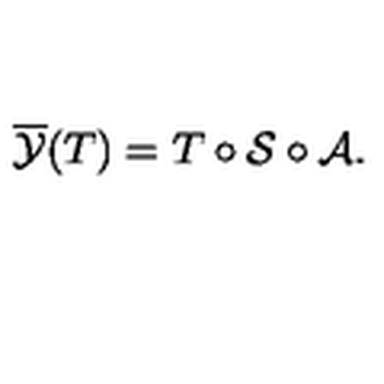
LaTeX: \overline { { \cal Y } } ( T ) = T \circ { \cal S } \circ { \cal A } .